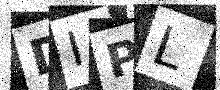
Text: DIPL